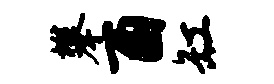
攀酉缸